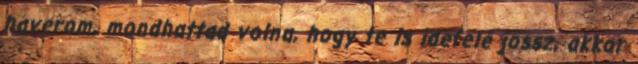
haverom, mondhattad volna, hogy te is idefelé jössz, akkor